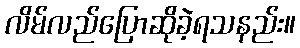
လိမ်လည်ပြောဆိုခဲ့ရသနည်း။